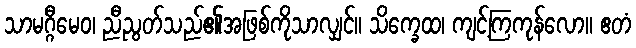
သာမဂ္ဂီမေဝ၊ ညီညွတ်သည်၏အဖြစ်ကိုသာလျှင်။ သိက္ခေထ၊ ကျင့်ကြကုန်လော။ ဧတံ